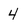
Character: 4